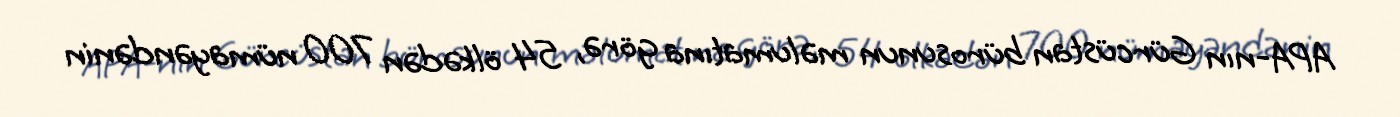
APA-nın Gürcüstan bürosunun məlumatına görə, 54 ölkədən 700 nümayəndənin